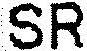
SR